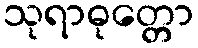
သုရာဓုတ္တော